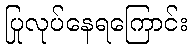
ပြုလုပ်နေရကြောင်း